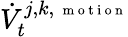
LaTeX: \dot{V}_{t}^{j,k,\mathrm{~\scriptsize~m~o~t~i~o~n~}}